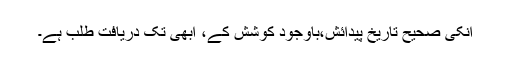
انکی صحیح تاریخ پیدائش،باوجود کوشش کے، ابھی تک دریافت طلب ہے۔